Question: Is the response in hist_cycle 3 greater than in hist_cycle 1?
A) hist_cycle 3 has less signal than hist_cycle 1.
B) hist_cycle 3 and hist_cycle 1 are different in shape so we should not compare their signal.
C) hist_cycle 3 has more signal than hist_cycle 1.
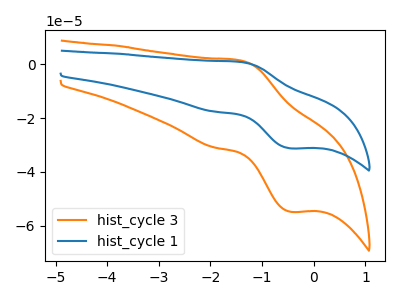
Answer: <think>The orange curve "hist_cycle 3" has an anodic peak at (-1.45V, 1.45uA) and a cathodic peak at (-0.45V, -54.75uA). The blue curve "hist_cycle 1" has an anodic peak at (-1.45V, 0.80uA) and a cathodic peak at (-0.45V, -31.25uA).
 All the peaks in "hist_cycle 3" have a peak in "hist_cycle 1" at the same potential. Every peak in "hist_cycle 3" is higher than every peak in "hist_cycle 1".</think>
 <answer>C) "hist_cycle 3" has more signal than "hist_cycle 1".</answer>
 <eval>C</eval>